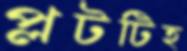
প্লটটিহ